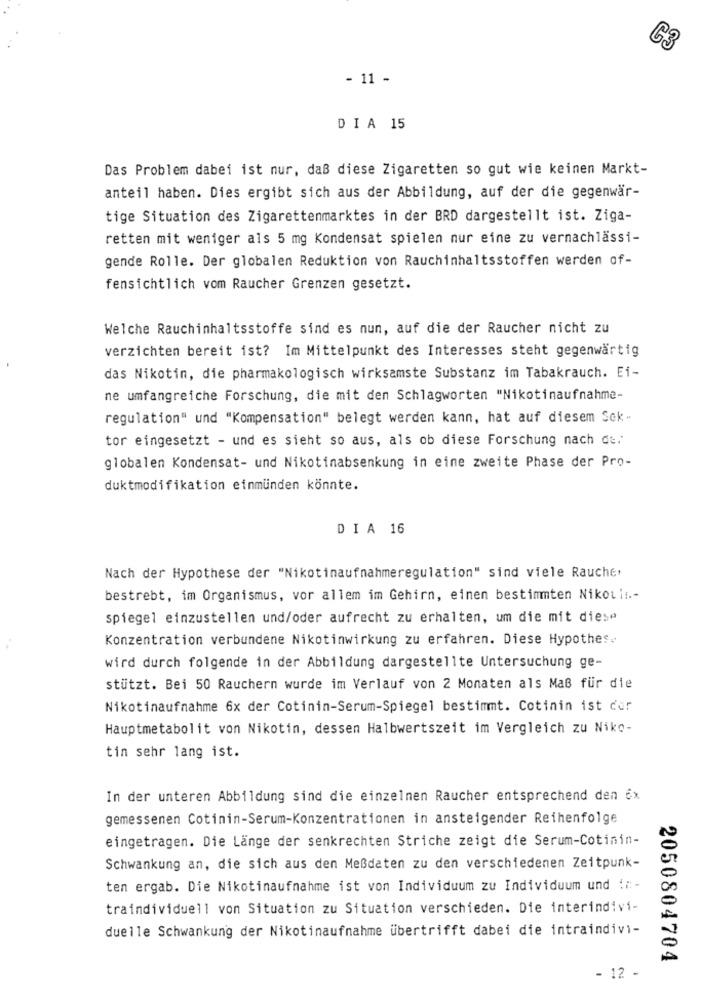
G3
- 11 -
DIA 15
Das Problem dabei ist nur, daß diese Zigaretten so gut wie keinen Markt-
anteil haben. Dies ergibt sich aus der Abbildung, auf der die gegenwär-
tige Situation des Zigarettenmarktes in der BRD dargestellt ist. Ziga-
retten mit weniger als 5 mg Kondensat spielen nur eine zu vernachlässi-
gende Rolle. Der globalen Reduktion von Rauchinhaltsstoffen werden of-
fensichtlich vom Raucher Grenzen gesetzt.
Welche Rauchinhaltsstoffe sind es nun, auf die der Raucher nicht zu
verzichten bereit ist? Im Mittelpunkt des Interesses steht gegenwärtig
das Nikotin, die pharmakologisch wirksamste Substanz im Tabakrauch. Ei-
ne umfangreiche Forschung, die mit den Schlagworten "Nikotinaufnahme-
regulation" und "Kompensation" belegt werden kann, hat auf diesem Sek-
tor eingesetzt - und es sieht so aus, als ob diese Forschung nach de.
globalen Kondensat- und Nikotinabsenkung in eine zweite Phase der Pro-
duktmodifikation einmünden könnte.
DIA 16
Nach der Hypothese der "Nikotinaufnahmeregulation" sind viele Raucher
bestrebt, im Organismus, vor allem im Gehirn, einen bestimmten Nikoui !.-
spiegel einzustellen und/oder aufrecht zu erhalten, um die mit dies"
Konzentration verbundene Nikotinwirkung zu erfahren. Diese Hypothes.
wird durch folgende in der Abbildung dargestellte Untersuchung ge-
stützt. Bei 50 Rauchern wurde im Verlauf von 2 Monaten als Maß für die
Nikotinaufnahme 6x der Cotinin-Serum-Spiegel bestimmt. Cotinin ist der
Hauptmetabolit von Nikotin, dessen Halbwertszeit im Vergleich zu Niko-
tin sehr lang ist.
In der unteren Abbildung sind die einzelnen Raucher entsprechend den 6x
gemessenen Cotinin-Serum-Konzentrationen in ansteigender Reihenfolge
eingetragen. Die Länge der senkrechten Striche zeigt die Serum-Cotinin-
Schwankung an, die sich aus den Meßdaten zu den verschiedenen Zeitpunk-
ten ergab. Die Nikotinaufnahme ist von Individuum zu Individuum und :#-
traindividuell von Situation zu Situation verschieden. Die interindivi-
duelle Schwankung der Nikotinaufnahme übertrifft dabei die intraindivi-
2050804704
- 12 -